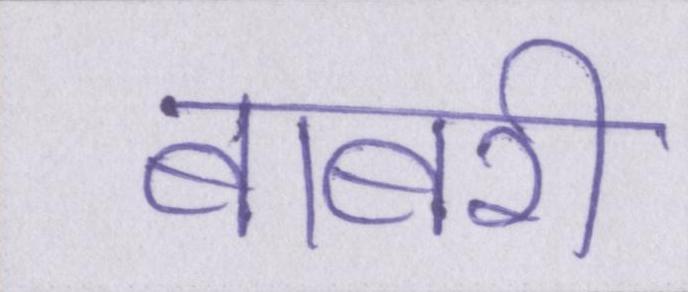
बाबरी